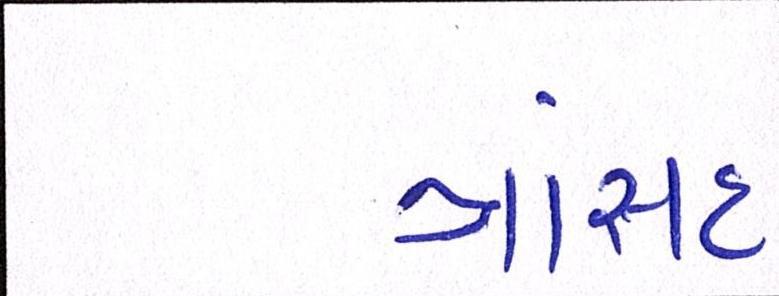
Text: ત્રાંસદ